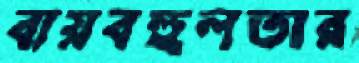
ব্যয়বহুলতার